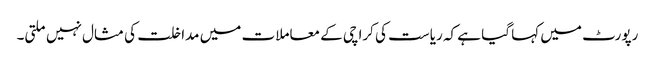
رپورٹ میں کہا گیا ہے کہ ریاست کی کراچی کے معاملات میں مداخلت کی مثال نہیں ملتی۔